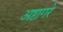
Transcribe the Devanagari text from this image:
अष्टागरे